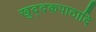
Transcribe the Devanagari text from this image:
खुद्दकपाठादि